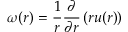
\omega ( r ) = \frac { 1 } { r } \frac { \partial } { \partial r } \left( r u ( r ) \right)